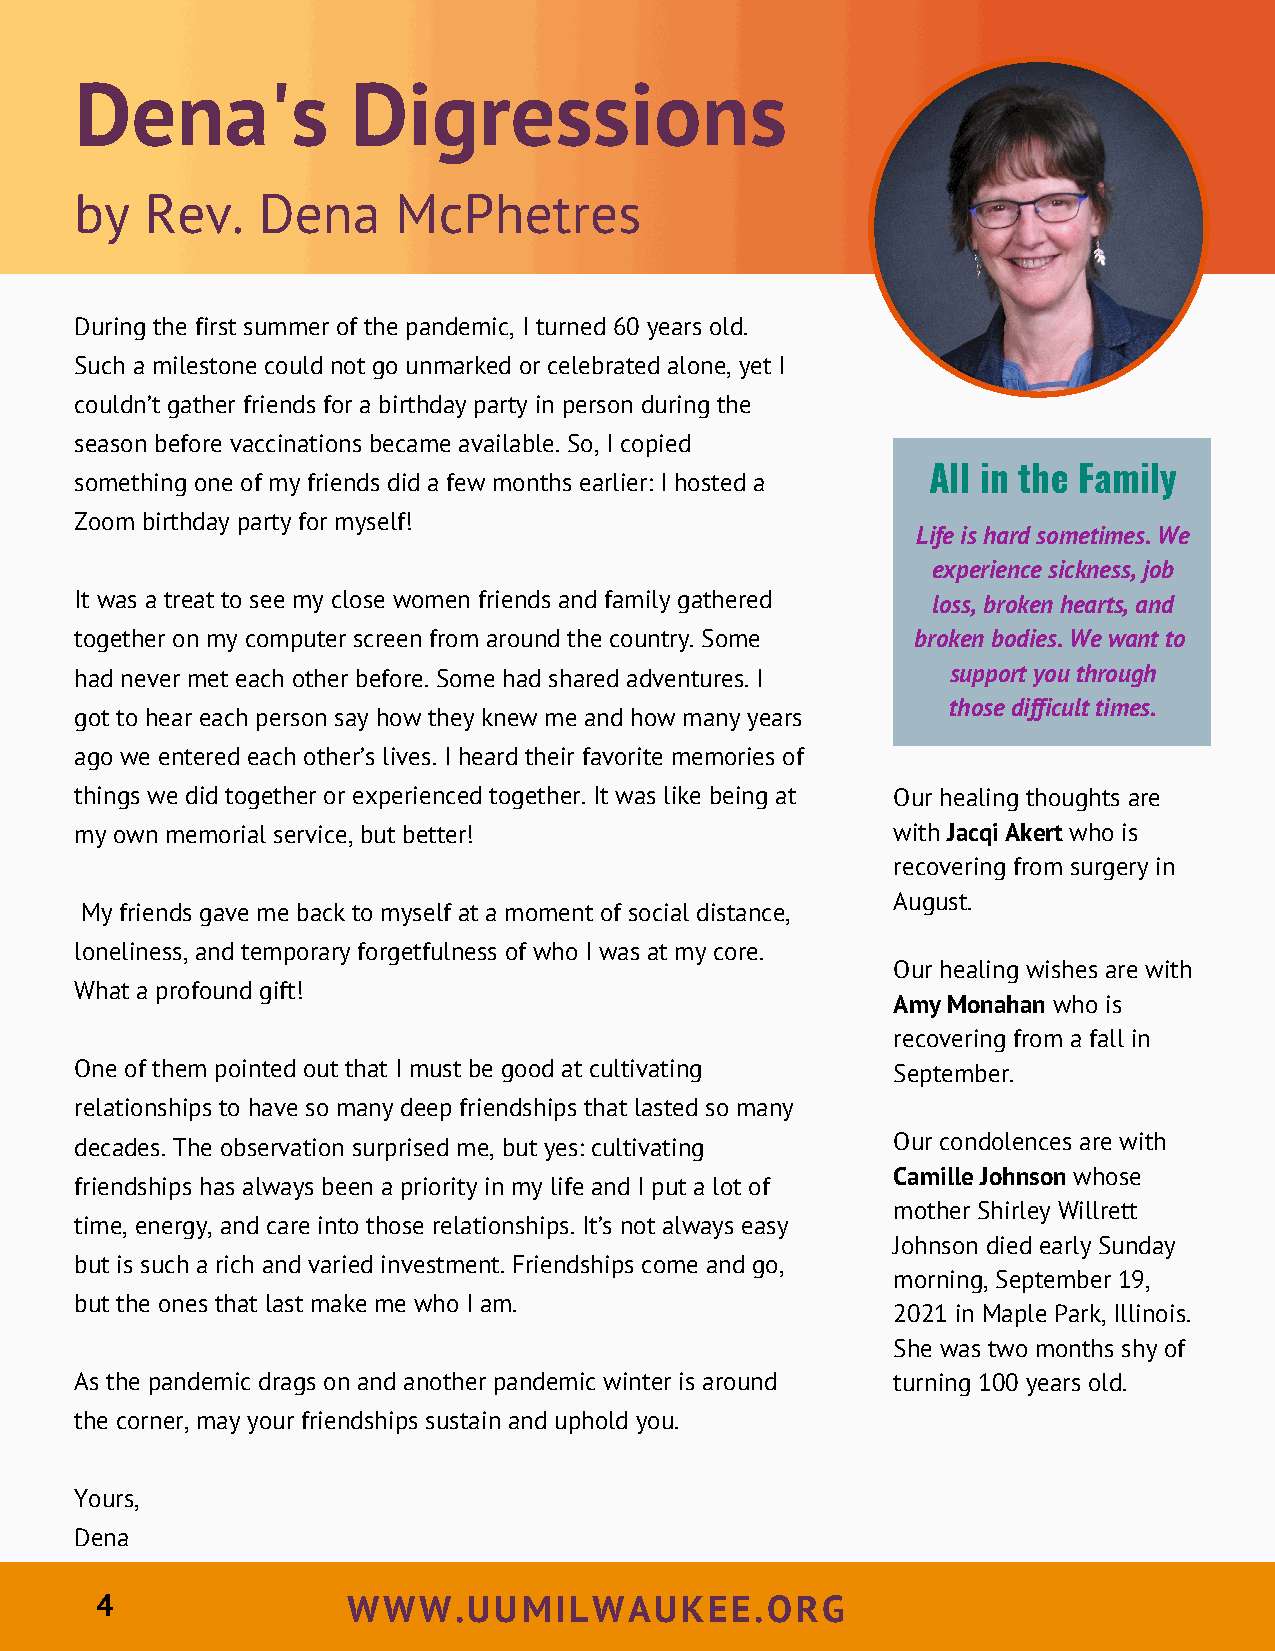
Dena's            Digressions
 Dena's           Digressions
 by   Rev.   Dena     McPhetres
 by   Rev.   Dena    McPhetres
 During the first summer of the pandemic, I turned 60 years old.
 Such a milestone could not go unmarked or celebrated alone, yet I
 couldn’t gather friends for a birthday party in person during the
 season before vaccinations became available. So, I copied
 All in the Family
 something one of my friends did a few months earlier: I hosted a
 Zoom birthday party for myself!
 Life is hard sometimes. We
 experience sickness, job
 It was a treat to see my close women friends and family gathered loss, broken hearts, and
 together on my computer screen from around the country. Some broken bodies. We want to
 had never met each other before. Some had shared adventures. I support you through
 those difficult times.
 got to hear each person say how they knew me and how many years
 ago we entered each other’s lives. I heard their favorite memories of
 things we did together or experienced together. It was like being at Our healing thoughts are
 my own memorial service, but better!                  with Jacqi Akert who is
 recovering from surgery in
 August.
 My friends gave me back to myself at a moment of social distance,
 loneliness, and temporary forgetfulness of who I was at my core.
 Our healing wishes are with
 What a profound gift!
 Amy Monahan who is
 recovering from a fall in
 One of them pointed out that I must be good at cultivating September.
 relationships to have so many deep friendships that lasted so many
 decades. The observation surprised me, but yes: cultivating Our condolences are with
 Camille Johnson whose
 friendships has always been a priority in my life and I put a lot of
 mother Shirley Willrett
 time, energy, and care into those relationships. It’s not always easy
 Johnson died early Sunday
 but is such a rich and varied investment. Friendships come and go,
 morning, September 19,
 but the ones that last make me who I am.
 2021 in Maple Park, Illinois.
 She was two months shy of
 As the pandemic drags on and another pandemic winter is around turning 100 years old.
 the corner, may your friendships sustain and uphold you.
 Yours,
 Dena
 4                WWW.UUMILWAUKEE.ORG